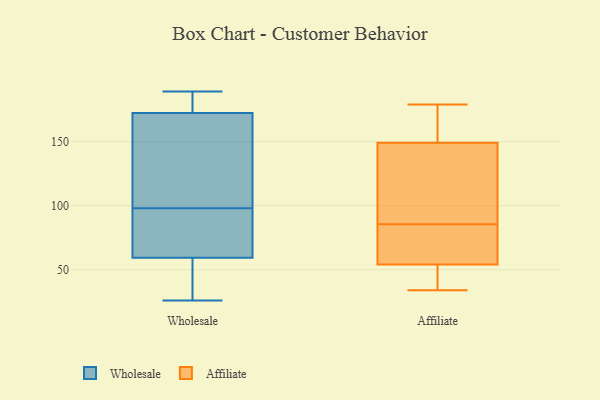
{"axis": {"x": "Gross Profit (USD K)", "y": "Value"}, "legend": ["Affiliate", "Wholesale"], "data": [{"x": "", "y": 170, "type": "Wholesale"}, {"x": "", "y": 184, "type": "Wholesale"}, {"x": "", "y": 179, "type": "Wholesale"}, {"x": "", "y": 53, "type": "Wholesale"}, {"x": "", "y": 61, "type": "Wholesale"}, {"x": "", "y": 54, "type": "Wholesale"}, {"x": "", "y": 189, "type": "Wholesale"}, {"x": "", "y": 167, "type": "Wholesale"}, {"x": "", "y": 76, "type": "Wholesale"}, {"x": "", "y": 64, "type": "Wholesale"}, {"x": "", "y": 98, "type": "Wholesale"}, {"x": "", "y": 153, "type": "Wholesale"}, {"x": "", "y": 26, "type": "Wholesale"}, {"x": "", "y": 54, "type": "Affiliate"}, {"x": "", "y": 59, "type": "Affiliate"}, {"x": "", "y": 40, "type": "Affiliate"}, {"x": "", "y": 34, "type": "Affiliate"}, {"x": "", "y": 96, "type": "Affiliate"}, {"x": "", "y": 179, "type": "Affiliate"}, {"x": "", "y": 170, "type": "Affiliate"}, {"x": "", "y": 149, "type": "Affiliate"}, {"x": "", "y": 75, "type": "Affiliate"}, {"x": "", "y": 107, "type": "Affiliate"}]}